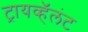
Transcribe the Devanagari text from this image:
ट्रायव्हॅलंट